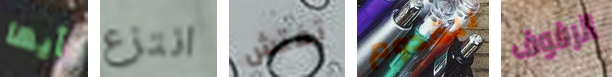
أيها انتزع تفتش للقدوم الرفوف